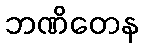
ဘဏိတေန